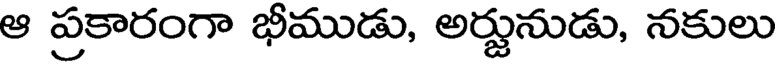
ఆ ప్రకారంగా భీముడు, అర్జునుడు, నకులు